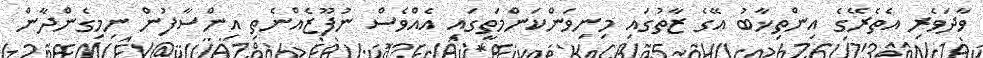
ވާދަވެރި އެތެރޭގެ އިންތިޚާބު އޭގެ ޒާތުގައި މިނިވަންކަންމަތީގައި އެއްވެސް ނުފޫޒެއްނެތި އިންސާފުން ނިމިގެންދާން